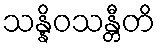
သန္နိဝသန္တီတိ